Civil Veterinary Dept. Bombay admin report 1893-99 - 1893-1899
Year: 1893
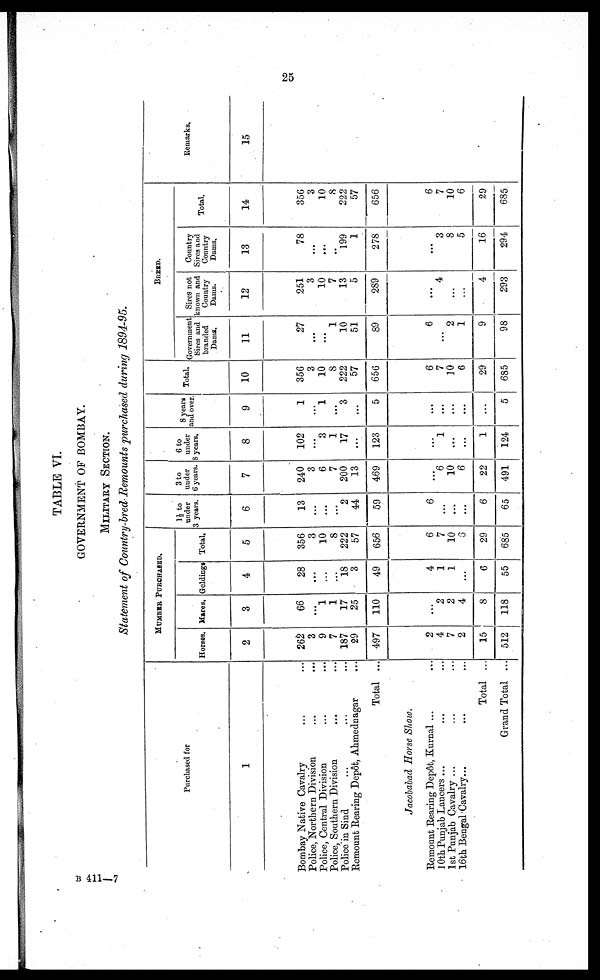
25
TABLE VI.
GOVERNMENT OF BOMBAY.
MILITERY SECTION.
Statement of Country-bred Remounts purchased during 1894-95.
Purchased for
1
Bombay Native Cavalry ... ...
Police, Northern Division ... ...
Police, Central Division ... ...
Police, Southern Division ... ...
Police in Sind ... ...
Remount Rearing Depôt, Ahmednagar ...
Total ...
Jacobabad Horse Show.
Remount Rearing Depot, Kurnal ... ...
10th Punjab Lancers ... ... ...
1st Punjab Cavalry ...
16th Bengal Cavalry...
Total ...
Grand Total ...
MUMBER PURCHASED.
Horses.
2
262
3
9
7
187
29
497
2
4
7
2
15
512
Mares,
3
66
...
1
1
17
25
110
...
2
2
4
8
118
Geldings
4
28
...
...
...
18
3
49
4
1
1
...
6
55
Total.
5
356
3
10
8
222
57
656
6
7
10
3
29
685
1½ to
under
3 years.
6
13
...
...
...
2
44
59
6
...
....
...
6
65
3 to
under
6 years.
7
240
3
6
7
200
13
469
...
6
10
6
22
491
6 to
under
8 years.
8
102
...
3
1
17
...
123
...
1
...
...
1
124
8 years
and over.
9
1
...
1
...
3
...
5
...
...
...
...
...
5
Total.
10
356
3
10
8
222
57
656
6
7
10
6
29
685
BREED.
Government
Sires and
branded
Dams.
11
27
...
...
1
10
51
89
6
...
2
1
9
98
Sires not
known and
Country
Dams.
12
251
3
10
7
13
5
289
...
4
...
...
4
293
Country
Sires and
Country
Dams.
13
78
...
...
..
199
1
278
...
3
8
5
16
294
Total.
14
356
3
10
8
222
57
656
6
7
10
6
29
685
Remarks.
15
B 411—7